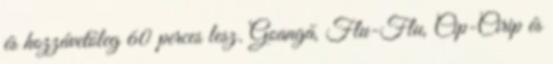
és hozzávetőleg 60 perces lesz. Goangă, Flu-Flu, Cip-Cirip és